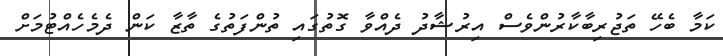
ކަމާ ބެހޭ ތަޖުރިބާކާރުންވެސް އިރުޝާދު ދެއްވާ ގޮތުގައި ތުންފަތުގެ ތާޒާ ކަން ދެމެހެއްޓުމަށް